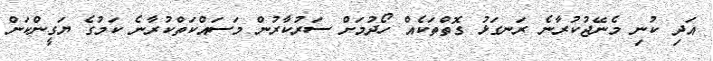
އަދި ކުނި މެނޭޖުކުރާނެ ރަނގަޅު ގޮތްތަކެއް ހޯދުމަށް ސަރުކާރުން މަސައްކަތްކުރާނެ ކަމުގެ ޔަގީންކަން